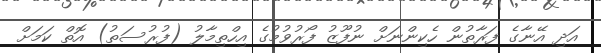
އަދި އޭނާގެ ފަރާތުން ހެކިންނަށް ނުފޫޒު ފޯރުވުމުގެ އިހްތިމާލު (ފުރުސަތު) އޮތް ކަމަށް